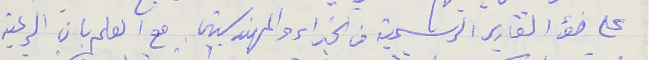
على ضؤ التقارير الرسمية من الخبراء والمهندسين. مع العلم بان الرعية